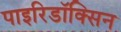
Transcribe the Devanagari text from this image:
पाइरिडॉक्सिन